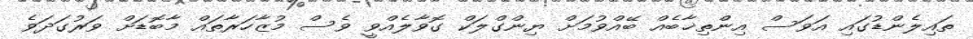
ތައިލެންޑުގައި އަވަސް އިންތިޚާބެއް ބޭއްވުމަށް ޔިންގްލަކް ގޮވާލެއްވީ ވެސް މުޒާހަރާތައް މާބޮޑަށް ވަރުގަދަވެ